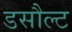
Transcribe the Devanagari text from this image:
डसौल्ट